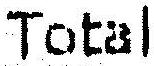
TOTAL